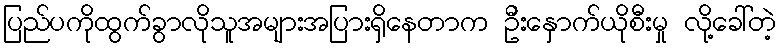
ပြည်ပကိုထွက်ခွာလိုသူအများအပြားရှိနေတာက ဦးနှောက်ယိုစီးမှု လို့ခေါ်တဲ့